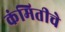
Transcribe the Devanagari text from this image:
कंमितीचे